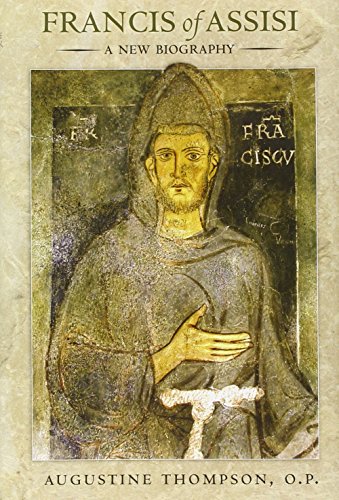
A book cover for Francis of Assisi: A New Biography; Augustine Thompson; Christian Books & Bibles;